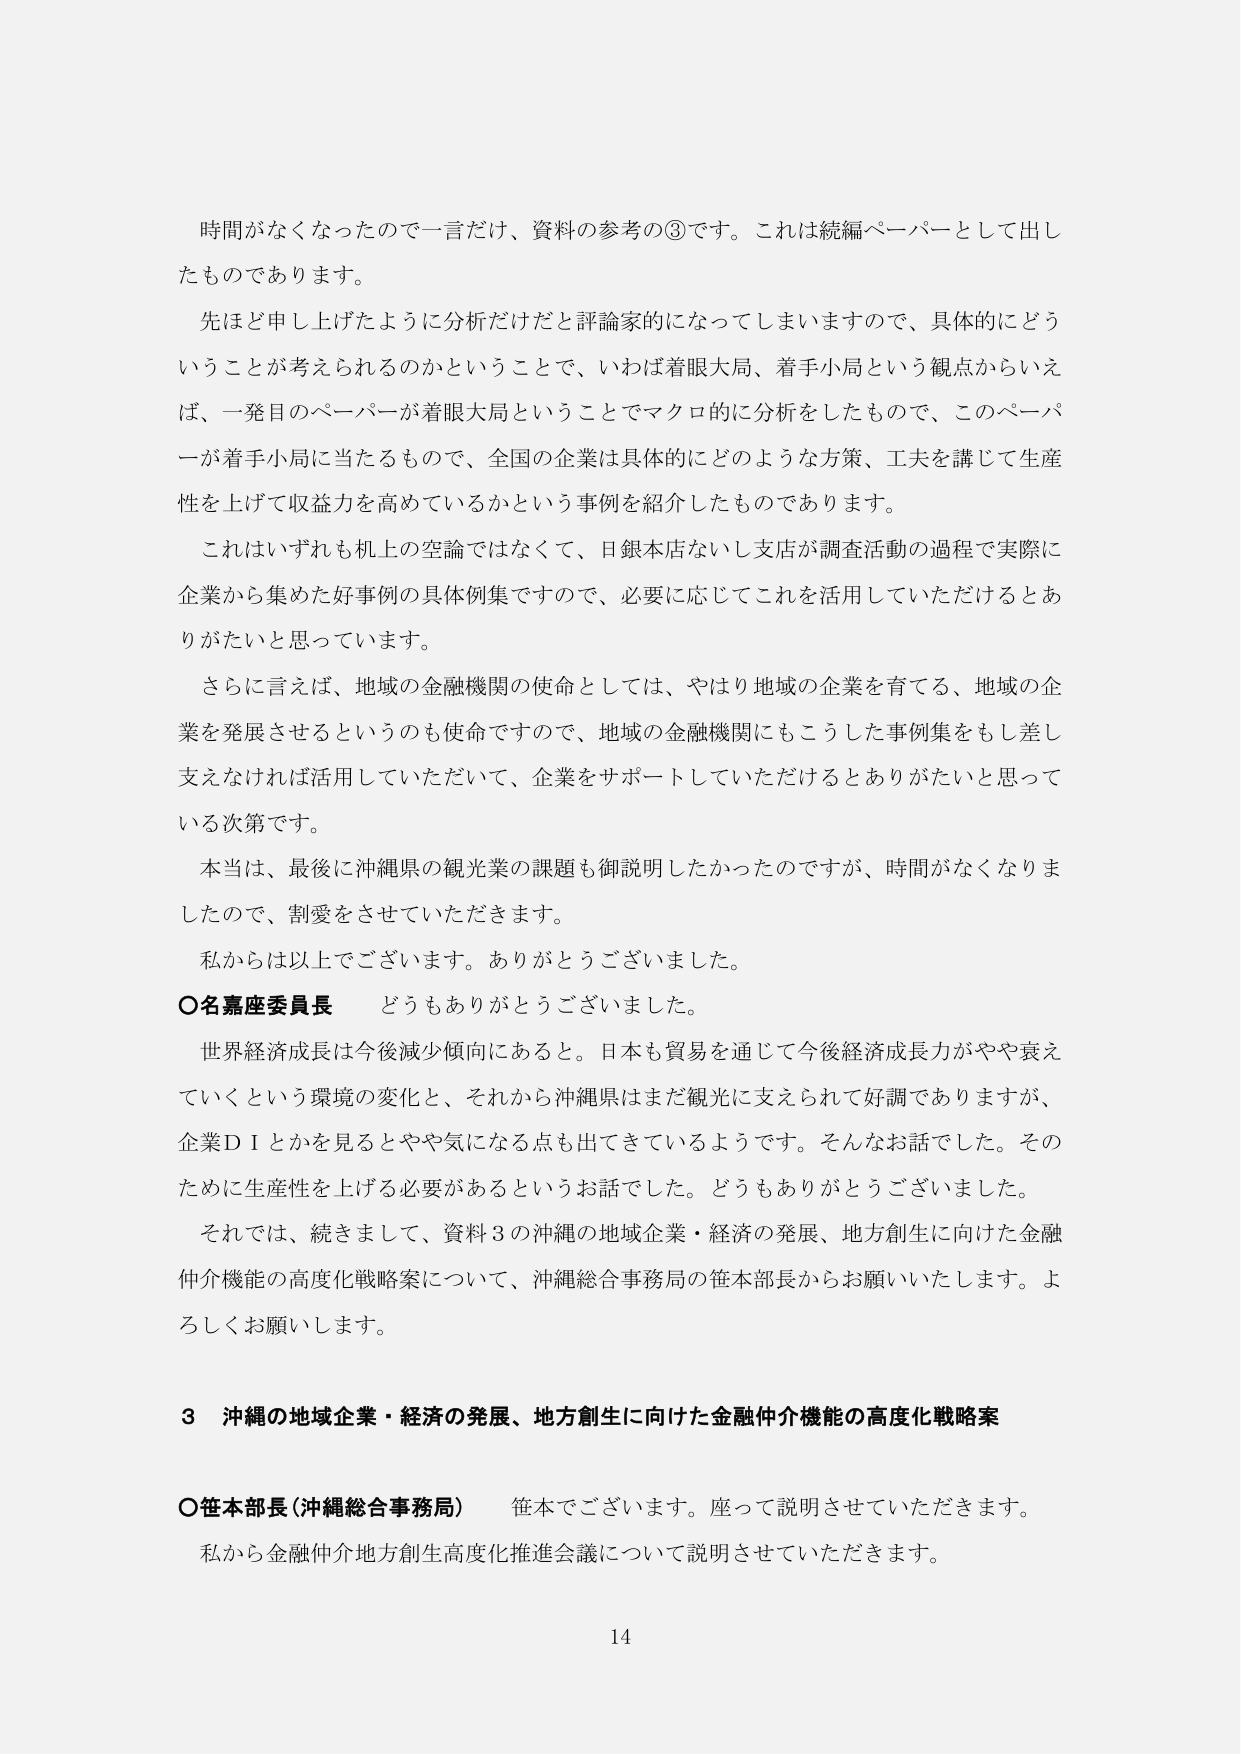
時間がなくなったので一言だけ、資料の参考の③です。これは続編ペーパーとして出したものであります。

先ほど申し上げたように分析だけだと評論家的になってしまいますので、具体的にどういうことが考えられるのかということで、いわば着眼大局、着手小局という観点からいえば、一発目のペーパーが着眼大局ということでマクロ的に分析をしたもので、このペーパーが着手小局に当たるもので、全国の企業は具体的にどのような方策、工夫を講じて生産性を上げて収益力を高めているかという事例を紹介したものであります。

これはいずれも机上の空論ではなくて、日銀本店ないし支店が調査活動の過程で実際に企業から集めた好事例の具体例集ですので、必要に応じてこれを活用していただけるとありがたいと思っています。

さらに言えば、地域の金融機関の使命としては、やはり地域の企業を育てる、地域の企業を発展させるというのも使命ですので、地域の金融機関にもこうした事例集をもしち差し支えなければ活用していただいて、企業をサポートしていただけるとありがたいと思っている次第です。

本当は、最後に沖縄県の観光業の課題も御説明したかったのですが、時間がなくなりましたので、割愛をさせていただきます。

私からは以上でございます。ありがとうございました。

○名嘉座委員長　どうもありがとうございました。

世界経済成長は今後減少傾向にあると。日本も貿易を通じて今後経済成長力がやや衰えていくという環境の変化と、それから沖縄県はまだ観光に支えられて好調でありますが、企業ＤＩとかを見るときやや気になる点も出てきているようです。そんなお話でした。そのために生産性を上げる必要があるというお話でした。どうもありがとうございました。

それでは、続きまして、資料３の沖縄の地域企業・経済の発展、地方創生に向けた金融仲介機能の高度化戦略案について、沖縄総合事務局の笹本部長からお願いいたします。よろしくお願いします。

３　沖縄の地域企業・経済の発展、地方創生に向けた金融仲介機能の高度化戦略案

○笹本部長（沖縄総合事務局）　笹本でございます。座って説明させていただきます。

私から金融仲介地方創生高度化推進会議について説明させていただきます。

14